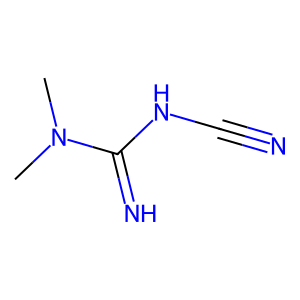
SMILES: CN(C)C(=N)NC#N
Inhibits HIV replication: No